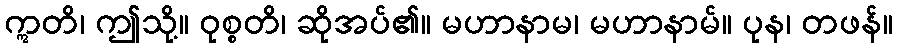
ဣတိ၊ ဤသို့။ ဝုစ္စတိ၊ ဆိုအပ်၏။ မဟာနာမ၊ မဟာနာမ်။ ပုန၊ တဖန်။